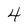
Character: 4